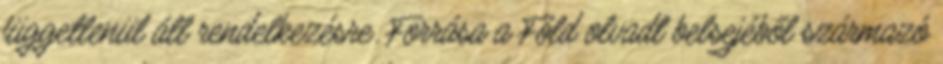
függetlenül áll rendelkezésre. Forrása a Föld olvadt belsejéből származó